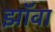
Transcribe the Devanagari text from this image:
झॉवा